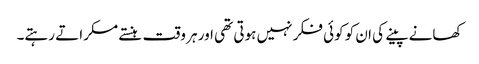
کھانے پینے کی ان کو کوئی فکر نہیں ہوتی تھی اور ہر وقت ہنستے مسکراتے رہتے۔